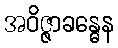
အဝိဇ္ဇာခန္ဓေန